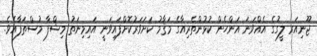
ޖޫނިއަރ ލީގުގެ އެއްވަނަ އަންހެން ކުޅުންތެރިއާގެ މަޤާމު ކަށަވަރުކޮށްފައިވަނީ އައިމިނަތު މިޝްފާ މުސްތަފާއެވެ.